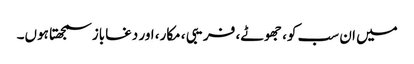
میں ان سب کو، جھوٹے، فریبی ، مکار، اور دغاباز سمجھتا ہوں۔